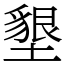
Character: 墾